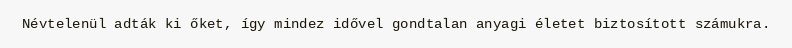
Névtelenül adták ki őket, így mindez idővel gondtalan anyagi életet biztosított számukra.